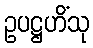
ဥပဋ္ဌဟိံသု